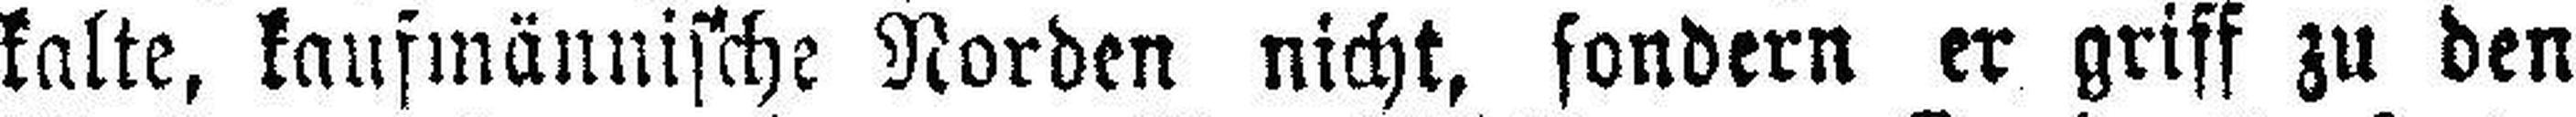
kalte, kaufmännische Norden nicht, sondern er griff zu den